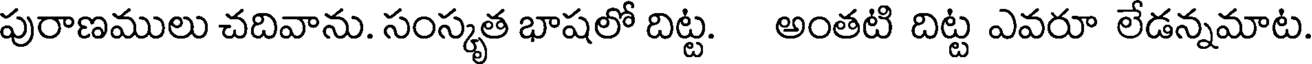
పురాణములు చదివాను. సంస్కృత భాషలో దిట్ట. అంతటి దిట్ట ఎవరూ లేడన్నమాట.